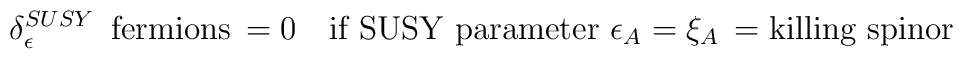
\delta^{SUSY}_\epsilon \, \mbox{  fermions} \, =  0 \quad\mbox{if SUSY parameter}\, \,  \epsilon_A = \xi _A \, =\mbox{killing spinor}